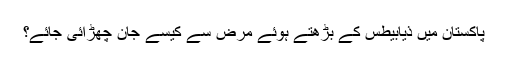
﻿ پاکستان میں ذیابیطس کے بڑھتے ہوئے مرض سے کیسے جان چھڑائی جائے؟